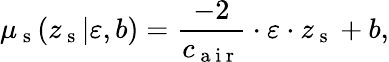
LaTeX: \mu_{\mathrm{~s~}}(z_{\mathrm{~s~}}|\varepsilon,b)=\frac{-2}{c_{\mathrm{~a~i~r~}}}\cdot\varepsilon\cdot z_{\mathrm{~s~}}+b,